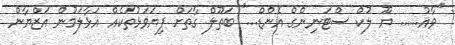
''ވާއު...... ޔޫ ލުކް ސްޓަނިންގް އެންޑް...'' ބަތޫލް ގާތަށް ފިޔަވަޅުތަކެއް އަޅާލަމުން އަޒްޔާން